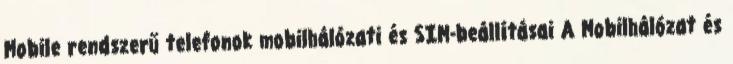
Mobile rendszerű telefonok mobilhálózati és SIM-beállításai A Mobilhálózat és